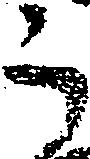
う